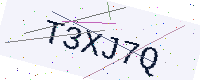
Text: T3XJ7Q